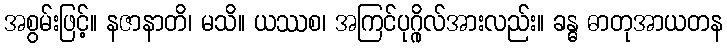
အစွမ်းဖြင့်။ နဇာနာတိ၊ မသိ။ ယဿစ၊ အကြင်ပုဂ္ဂိုလ်အားလည်း။ ခန္ဓ ဓာတုအာယတန